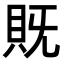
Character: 𮙵